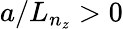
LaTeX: a/L_{n_{z}}>0